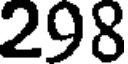
298